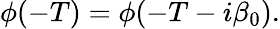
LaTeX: \phi(-T)=\phi(-T-i\beta_{0}).